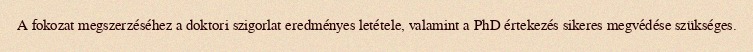
A fokozat megszerzéséhez a doktori szigorlat eredményes letétele, valamint a PhD értekezés sikeres megvédése szükséges.